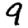
Digit: 9